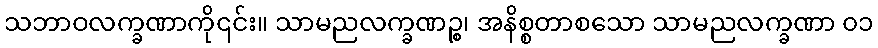
သဘာဝလက္ခဏာကို၎င်း။ သာမညလက္ခဏဉ္စ၊ အနိစ္စတာစသော သာမညလက္ခဏာ ၀၁